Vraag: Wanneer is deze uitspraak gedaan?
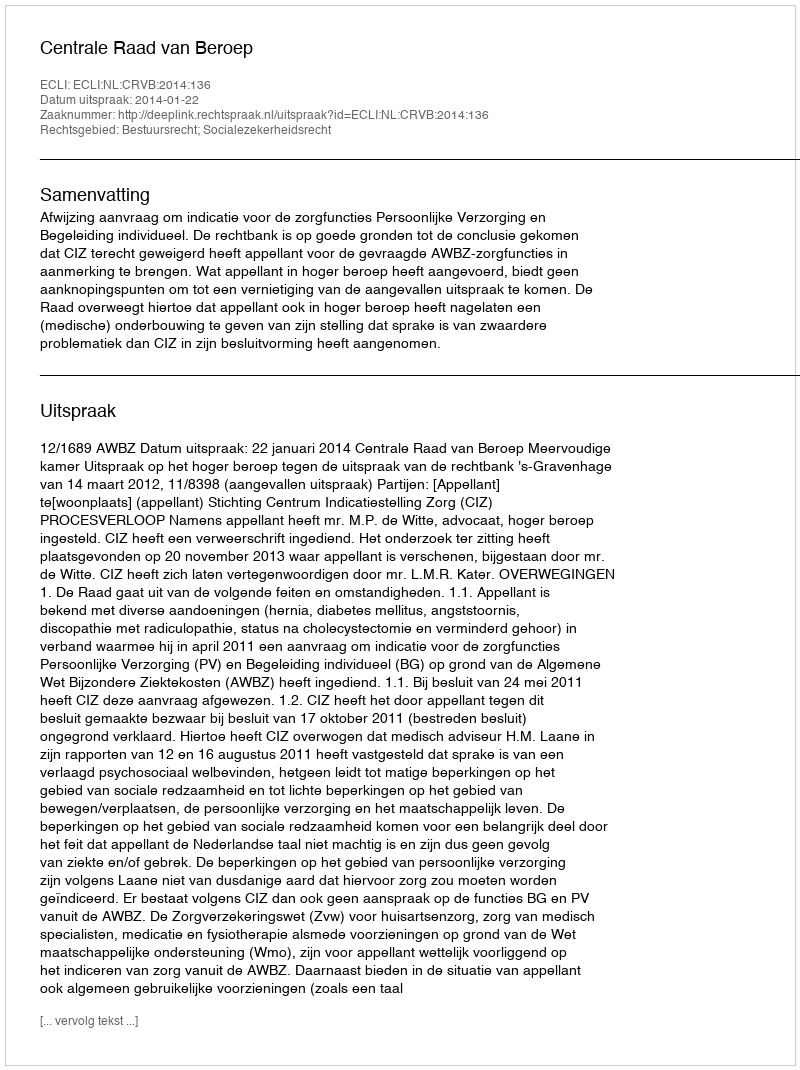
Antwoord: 2014-01-22